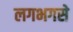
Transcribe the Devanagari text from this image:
लगभगसे